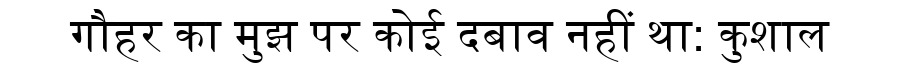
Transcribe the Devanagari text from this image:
गौहर का मुझ पर कोई दबाव नहीं था: कुशाल